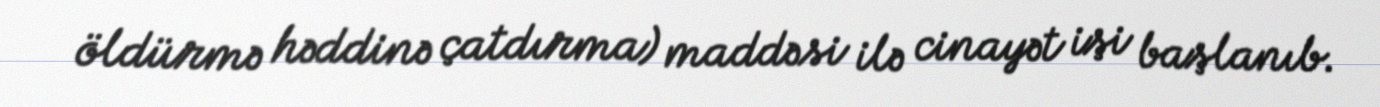
öldürmə həddinə çatdırma) maddəsi ilə cinayət işi başlanıb.